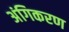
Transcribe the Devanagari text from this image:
अंगिकरण